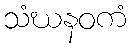
သံဃနဝကံ